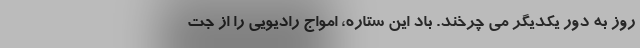
روز به دور یکدیگر می چرخند. باد این ستاره، امواج رادیویی را از جت